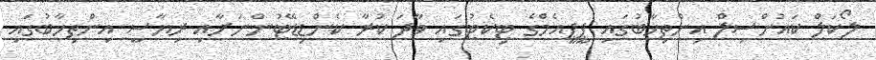
ލޯކަލް ކައުންސިލް އިންތިހާބުގައި ޕީޕީއެމްގެ ޓިކެޓުގައި ވާދަ ކުރާ ކެންޑިޑޭޓުންނަށާއި ރިޔާސީ އިންތިހާބުގައި